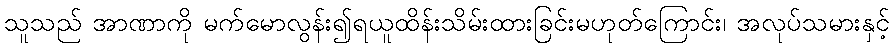
သူသည် အာဏာကို မက်မောလွန်း၍ရယူထိန်းသိမ်းထားခြင်းမဟုတ်ကြောင်း၊ အလုပ်သမားနှင့်